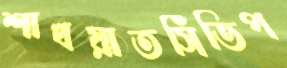
শাখয়াতসিঁডিপ